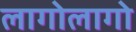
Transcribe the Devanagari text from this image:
लागोलागो